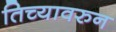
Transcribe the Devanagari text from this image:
तिच्यावरुन